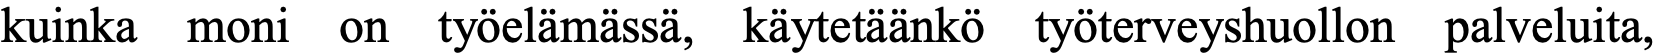
kuinka moni on työelämässä, käytetäänkö työterveyshuollon palveluita,